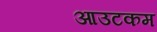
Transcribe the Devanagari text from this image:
आउटकम